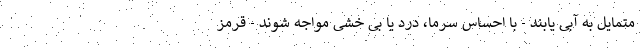
متمایل به آبی یابند - با احساس سرما، درد یا بی خشی مواجه شوند - قرمز